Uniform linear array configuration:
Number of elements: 16
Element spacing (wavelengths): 0.25
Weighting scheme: exponential
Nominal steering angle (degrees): -60
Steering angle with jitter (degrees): -60.314
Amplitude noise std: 0.05
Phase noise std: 0.05

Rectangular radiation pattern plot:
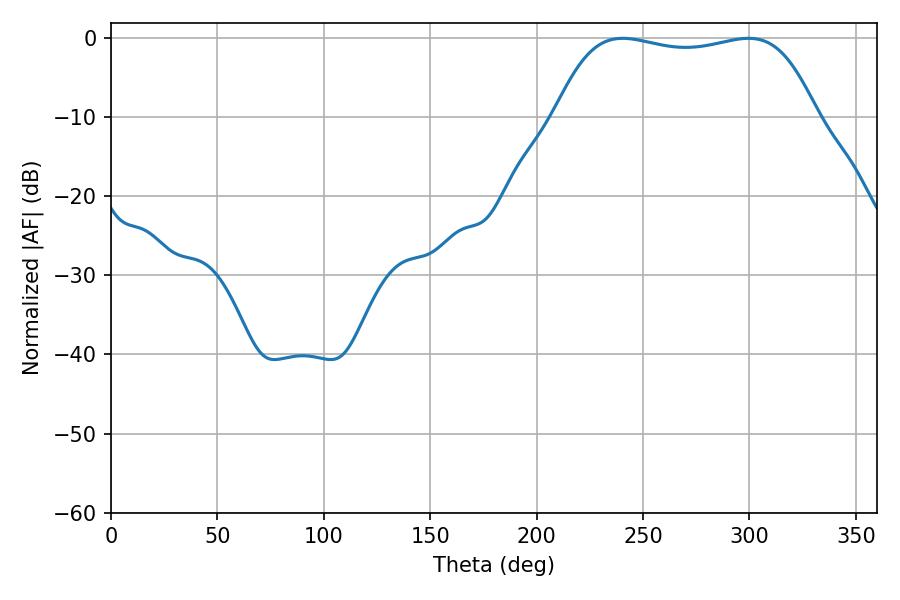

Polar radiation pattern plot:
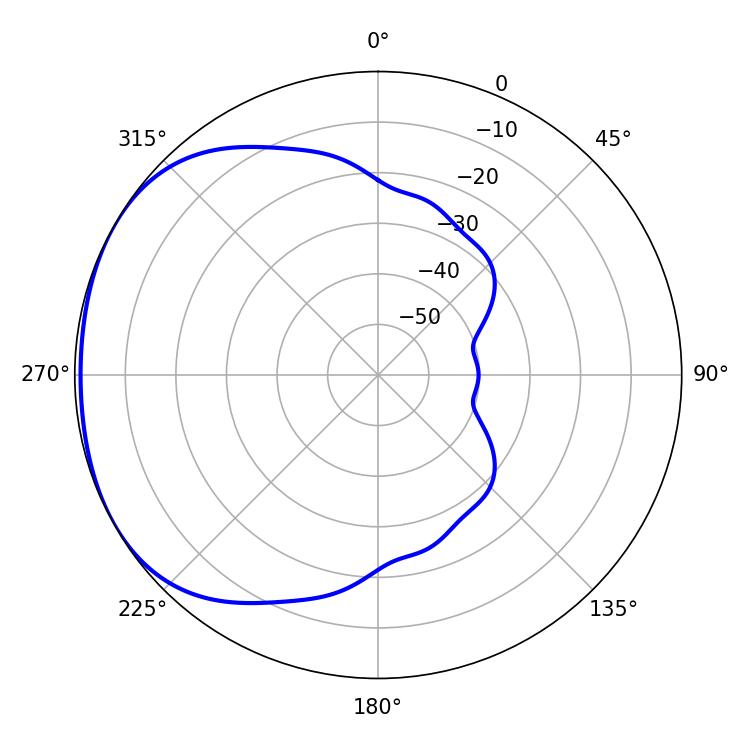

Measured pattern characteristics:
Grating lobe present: FALSE
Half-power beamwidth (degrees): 97.92
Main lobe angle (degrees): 240.48